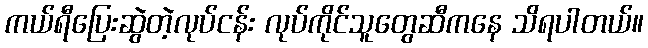
ကယ်ရီပြေးဆွဲတဲ့လုပ်ငန်း လုပ်ကိုင်သူတွေဆီကနေ သိရပါတယ်။